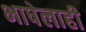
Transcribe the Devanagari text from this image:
भाषेलाही